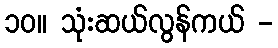
၁၀။ သုံးဆယ်လွန်ကယ် -